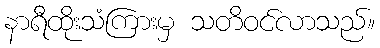
နာရီထိုးသံကြားမှ သတိဝင်လာသည်။